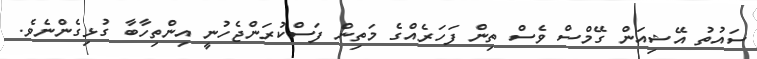
ސައުތު އޭޝިއަން ގޭމްސް ވެސް ތިން ފަހަރެއްގެ މަތިން ފަސްކުރަންޖެހުނީ އިންތިހާބާ ގުޅިގެންނެވެ.